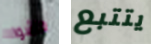
جاشوا يتتبع